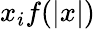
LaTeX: x_{i}f(|x|)